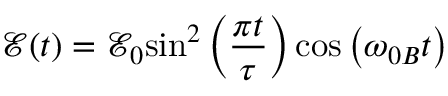
{ \mathcal { E } } ( t ) = { { \mathcal { E } } _ { 0 } } { { \sin } ^ { 2 } } \left( \frac { \pi t } { \tau } \right) \cos \left( { { \omega } _ { 0 B } } t \right)